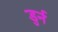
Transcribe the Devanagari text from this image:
डुर्न